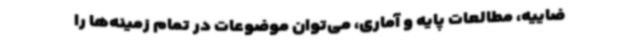
ضاییه، مطالعات پایه و آماری، می‌توان موضوعات در تمام زمینه‌ها را